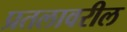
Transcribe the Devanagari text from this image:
प्रतलावरील